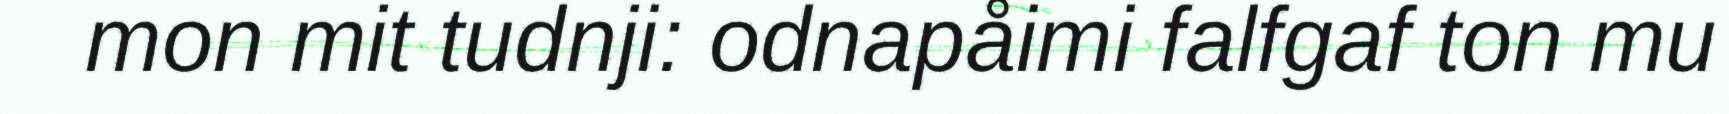
mon mit tudnji: odnapåimi falfgaf ton mu